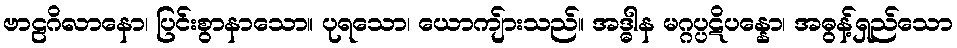
ဗာဠဂိလာနော၊ ပြင်းစွာနာသော။ ပုရသော၊ ယောကျ်ားသည်။ အဒ္ဓါန မဂ္ဂပ္ပဋိပန္နော၊ အဓွန့်ရှည်သော